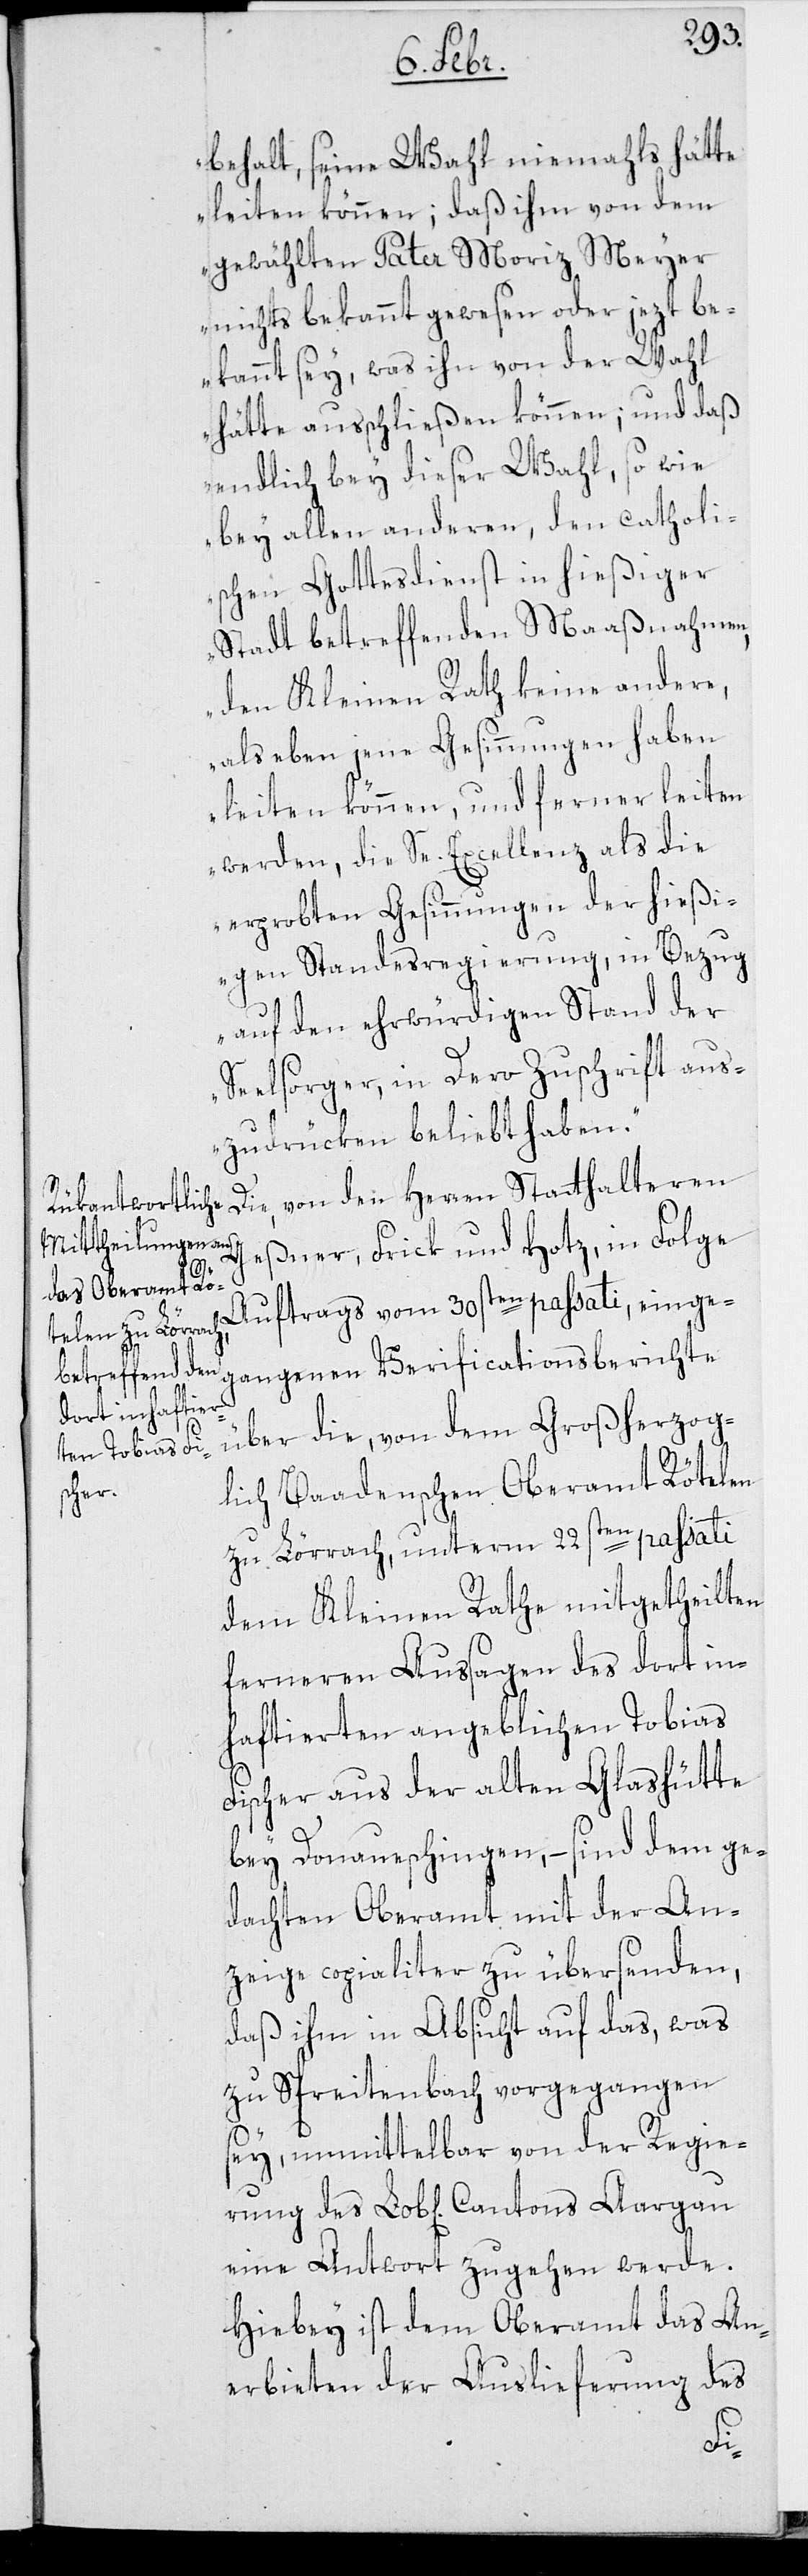
behalt, seine Wahl niemahls hätte
leiten können; daß ihm von dem
gewählten Pater Moriz Meyer
nichts bekannt gewesen oder jezt be¬
kannt sey, was ihn von der Wahl
hätte außchließen können; und daß
endlich bey dieser Wahl, so wie
bey allen anderen, den catholi¬
schen Gottesdienst in hießiger
Stadt betreffenden Maaßnahmen,
den Kleinen Rath keine andere,
als eben jene Gesinnungen haben
leiten können, und ferner leiten
werden, die Se. Excellenz als die
erprobten Gesinnungen der hießi¬
gen Standesregierung, in Bezug
auf den ehrwürdigen Stand der
Seelsorger, in Dero Zuschrift aus¬
zudrücken beliebt haben.“
Die, von den Herren Statthalteren
Geßner, Frick und Hotz, in Folge
Auftrags vom 30sten passati, einge¬
gangenen Verificationsberichte
über die, von dem Großherzog¬
lich Baadenschen Oberamt Rötelen
zu Lörrach, unterm 22sten passati
dem Kleinen Rathe mitgetheilten
ferneren Aussagen des dort in¬
haftierten angeblichen Tobias
Fischer aus der alten Glashütte
bey Donaueschingen, – sind dem ge¬
dachten Oberamt mit der An¬
zeige copialiter zu übersenden,
daß ihm in Absicht auf das, was
zu Spreitenbach vorgegangen
sey, unmittelbar von der Regie¬
eine Antwort zugehen werde.
Hiebey ist dem Oberamt das An¬
erbieten der Auslieferung des
des